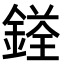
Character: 𨩳